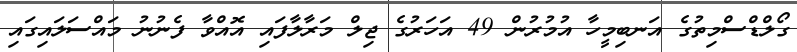
ގޯލްޑްސްމިތުގެ އަނބިމީހާ އުމުރުން 49 އަހަރުގެ ޖިލް މަރާލާފައި އޮއްވާ ފެނުނު މައްސަލައިގައި